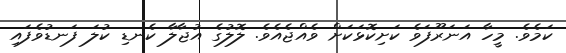
ކަމެވެ. މީހާ އަނަރޫފަވެ ކަށިކޮޅަކަށް ވެއްޖެއެވެ. ލޮލުގެ އުޖާލާ ކެނޑި ކުލަ ފަނޑުވެފައި